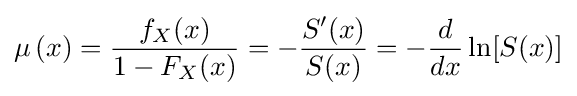
\mu \,(x)={\frac {f_{X}(x)}{1-F_{X}(x)}}=-{\frac {S'(x)}{S(x)}}=-{\frac {d}{dx}}\ln[S(x)]